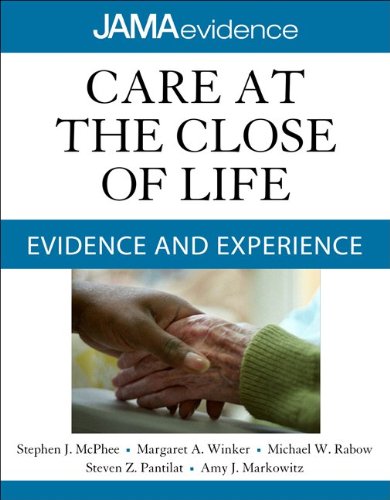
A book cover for Care at the Close of Life: Evidence and Experience (Jama & Archives Journals); Stephen J. McPhee; Self-Help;